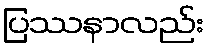
ပြဿနာလည်း